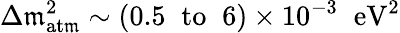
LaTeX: \Delta\mathfrak{m}_{\mathrm{{at\mathfrak{m}}}}^{2}\sim(0.5\; \; \mathrm{{to}}\; \; 6)\times10^{-3}\; \; \mathrm{{eV}}^{2}